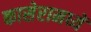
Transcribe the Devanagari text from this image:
कासेरामध्यें